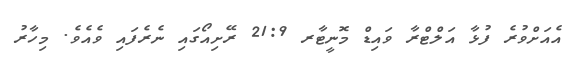
އެއަށްވުރެ ފުޅާ އަލްޓްރާ ވައިޑް މޮނީޓާރ 21:9 ރޭށިއޯގައި ނެރެފައި ވެއެވެ. މިހާރު